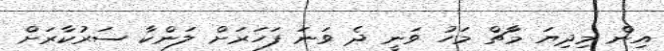
އިން މިދިޔަ މާޗް މަހު ވަނީ ދެ ވަނަ ފަހަރަށް ލަންކާ ސަރުކާރަށް